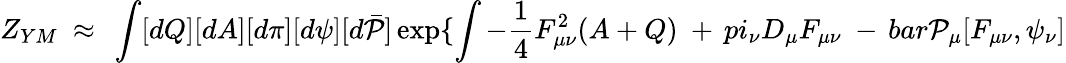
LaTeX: Z_{YM}~\approx~\int[dQ][dA][d\pi][d\psi][d\bar{\cal P}]\exp\{ \int-\frac{1}{4}F_{\mu\nu}^{2}(A+Q)\ +\, pi_{\nu}D_{\mu}F_{\mu\nu}\ -\, bar{\cal P}_{\mu}[F_{\mu\nu},\psi_{\nu}]